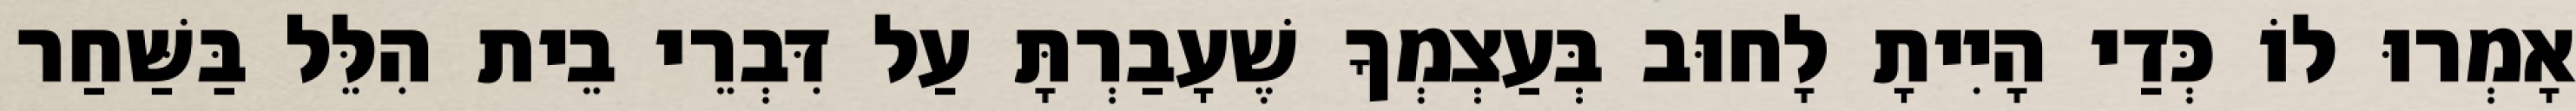
אָמְרוּ לוֹ כְּדַי הָיִיתָ לָחוּב בְּעַצְמְךָ שֶׁעָבַרְתָּ עַל דִּבְרֵי בֵית הִלֵּל בַּשַּׁחַר